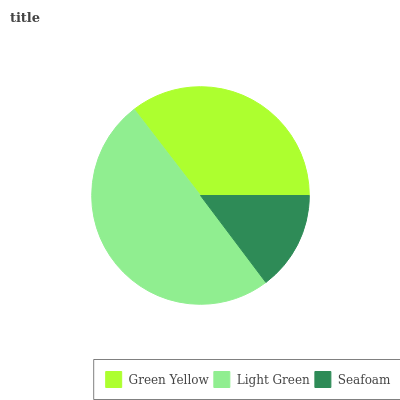
| Green Yellow | Light Green | Seafoam |
 | --- | --- | --- |
 | 35.5% | 49.8% | 14.7% |